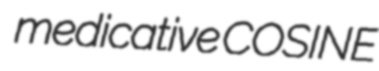
medicative COSINE